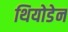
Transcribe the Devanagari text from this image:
थियोडेन